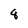
Character: 8